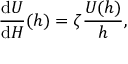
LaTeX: { \frac { \mathrm { d } U } { \mathrm { d } H } } ( h ) = \zeta { \frac { U ( h ) } { h } } ,